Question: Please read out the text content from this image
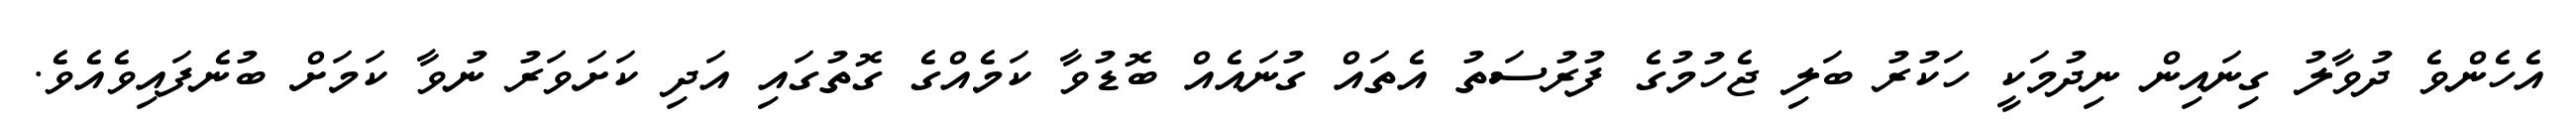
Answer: އެހެންވެ ދުވާލު ގިނައިން ނިދުމަކީ ހަކުރު ބަލި ޖެހުމުގެ ފުރުސަތު އެތައް ގުނައެއް ބޮޑުވާ ކަމެއްގެ ގޮތުގައި އަދި ކަށަވަރު ނުވާ ކަމަށް ބުނެފައިވެއެވެ.